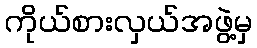
ကိုယ်စားလှယ်အဖွဲ့မှ